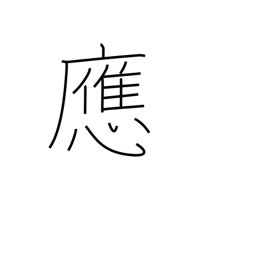
Meaning: reply